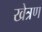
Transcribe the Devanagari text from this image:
खेत्रण